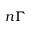
n \Gamma